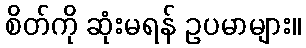
စိတ်ကို ဆုံးမရန် ဥပမာများ။